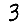
Digit: 3